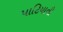
પાટિયાની